Report of the King Institute of Preventive Medicine, Guindy
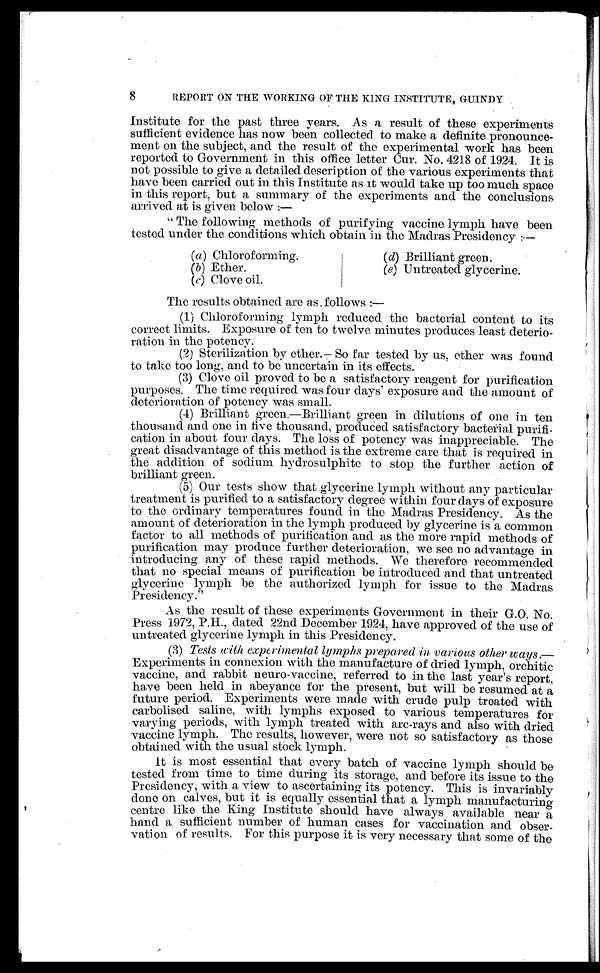
( a ) C h l o r o f o r m i n g .
(
b
) E t h e r .
(
c
) C l o v e o i l .
(d) Brilliant green.
(e) Untreated glycerine.
8
REPORT ON THE WORKING OF THE KING INSTITUTE, GUINDY
Institute for the past three years. As a result of these experiments
sufficient evidence has now been collected to make a definite pronounce
- m e n t o n t h e s u b j e c t , a n d t h e r e s u l t o f t h e e x p e r i m e n t a l w o r k h a s b e e n
reported to Government in this office letter Cur. No. 4218 of 1924. It is
not possible to give a detailed description of the various experiments that
have been carried out in this Institute as it would take up too much space
in this report, but a summary of the experiments and the conclusions
arrived at is given below:
—
"The following methods of purifying vaccine lymph have been
tested under the conditions which obtain in the Madras Presidency:
—
The results obtained are as follows:
—
( 1 ) C h l o r o f o r m i n g l y m p h r e d u c e d t h e b a c t e r i a l c o n t e n t t o i t s
correct limits. Exposure of ten to twelve minutes produces least deterio
-ration in the potency.
( 2 ) S t e r i l i z a t i o n b y e t h e r . — S o f a r t e s t e d b y u s , e t h e r w a s f o u n d
to take too long, and to be uncertain in its effects.
( 3 ) C l o v e o i l p r o v e d t o b e a s a t i s f a c t o r y r e a g e n t f o r p u r i f i c a t i o n
purposes. The time required was four days' exposure and the amount of
deterioration of potency was small.
( 4 ) B r i l l i a n t g r e e n . — B r i l l i a n t g r e e n i n d i l u t i o n s o f o n e i n t e n
thousand and one in five thousand, produced satisfactory bacterial purifi
- c a t i o n i n a b o u t f o u r d a y s . T h e l o s s o f p o t e n c y w a s i n a p p r e c i a b l e . T h e
great disadvantage of this method is the extreme care that is required in
the addition of sodium hydrosulphite to stop the further action of
brilliant green.
( 5 ) O u r t e s t s s h o w t h a t g l y c e r i n e l y m p h w i t h o u t a n y p a r t i c u l a r
treatment is purified to a satisfactory degree within four days of exposure
to the ordinary temperatures found in the Madras Presidency. As the
amount of deterioration in the lymph produced by glycerine is a common
factor to all methods of purification and as the more rapid methods of
purification may produce further deterioration, we see no advantage in
introducing any of these rapid methods. We therefore recommended
that no special means of purification be introduced and that untreated
glycerine lymph be the authorized lymph for issue to the Madras
Presidency."
As the result of these experiments Government in their G.O. No.
Press 1972, P.H., dated 22nd December 1924, have approved of the use of
untreated glycerine lymph in this Presidency.
(3) Tests with experimental lymphs prepared in various other ways
. — E x p e r i m e n t s i n c o n n e x i o n w i t h t h e m a n u f a c t u r e o f d r i e d l y m p h , o r c h i t i c
vaccine, and rabbit neuro-vaccine, referred to in the last year's report,
have been held in abeyance for the present, but will be resumed at a
future period. Experiments were made with crude pulp treated with
carbolised saline, with lymphs exposed to various temperatures for
varying periods, with lymph treated with arc-rays and also with dried
vaccine lymph. The results, however, were not so satisfactory as those
obtained with the usual stock lymph.
It is most essential that every batch of vaccine lymph should be
tested from time to time during its storage, and before its issue to the
Presidency, with a view to ascertaining its potency. This is invariably
done on calves, but it is equally essential that a lymph manufacturing
centre like the King Institute should have always available near a
hand a sufficient number of human cases for vaccination and obser
- v a t i o n o f r e s u l t s . F o r t h i s p u r p o s e i t i s v e r y n e c e s s a r y t h a t s o m e o f t h e